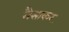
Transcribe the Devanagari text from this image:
मैसाकर